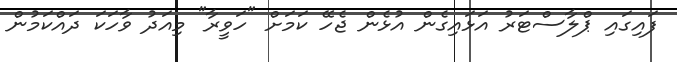
ފައިގައި ޕްލާސްޓަރު އަޅައިގެން އުޅެން ޖެހޭ ކަމަށް "ހަވީރާ" މިއަދު ވާހަކަ ދައްކަމުން